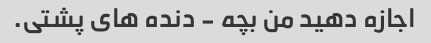
اجازه دهید من بچه - دنده های پشتی.